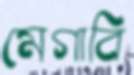
মেগাবি